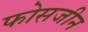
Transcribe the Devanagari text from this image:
फोसजीन